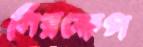
নিরক্ষেপ